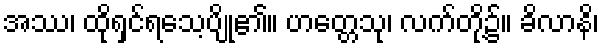
အဿ၊ ထိုရှင်ရသေ့ပျို၏။ ဟတ္တေသု၊ လက်တို့၌။ ခိလာနိ၊